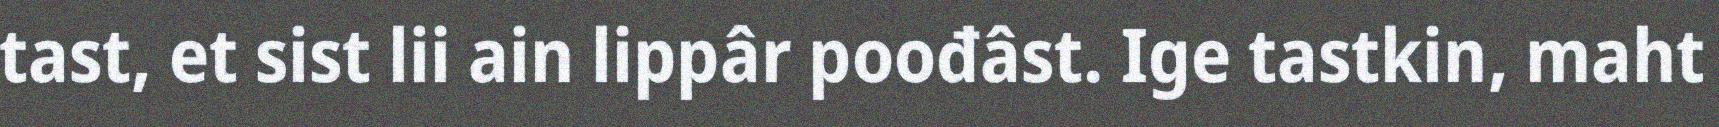
tast, et sist lii ain lippâr poođâst. Ige tastkin, maht